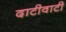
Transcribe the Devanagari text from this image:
दाटीवाटी